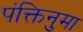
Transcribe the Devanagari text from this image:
पंक्तिनुमा